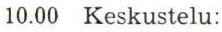
10.00 Keskustelu: